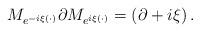
LaTeX: \begin{align*}M_{e^{-i\xi\left( \cdot\right) }}\partial M_{e^{i\xi\left( \cdot\right) }}=\left( \partial+i\xi\right) . \end{align*}